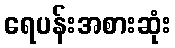
ရေပန်းအစားဆုံး